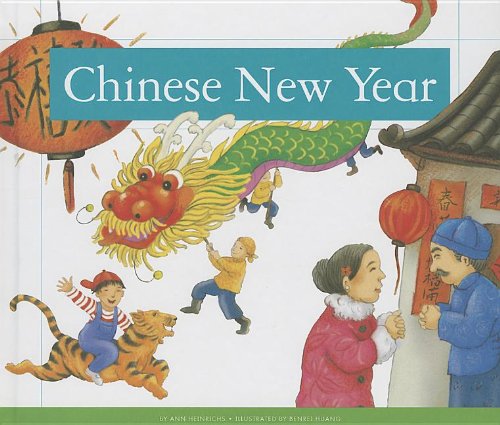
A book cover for Chinese New Year (Holidays and Celebrations); Ann Heinrichs; Children's Books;